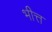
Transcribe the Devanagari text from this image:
भीत्त